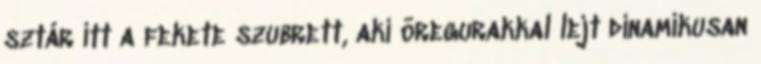
sztár itt a fekete szubrett, aki öregurakkal lejt dinamikusan